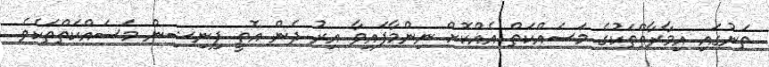
ތަނުގައި އިމާރާތްތަކުގެ މަސައްކަތް އެއްކޮށް ނިންމާފައިވާ އިރު ދެން އޮތީ ފިނިޝިން މަސައްކަތްތަކެވެ.